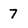
Character: 7